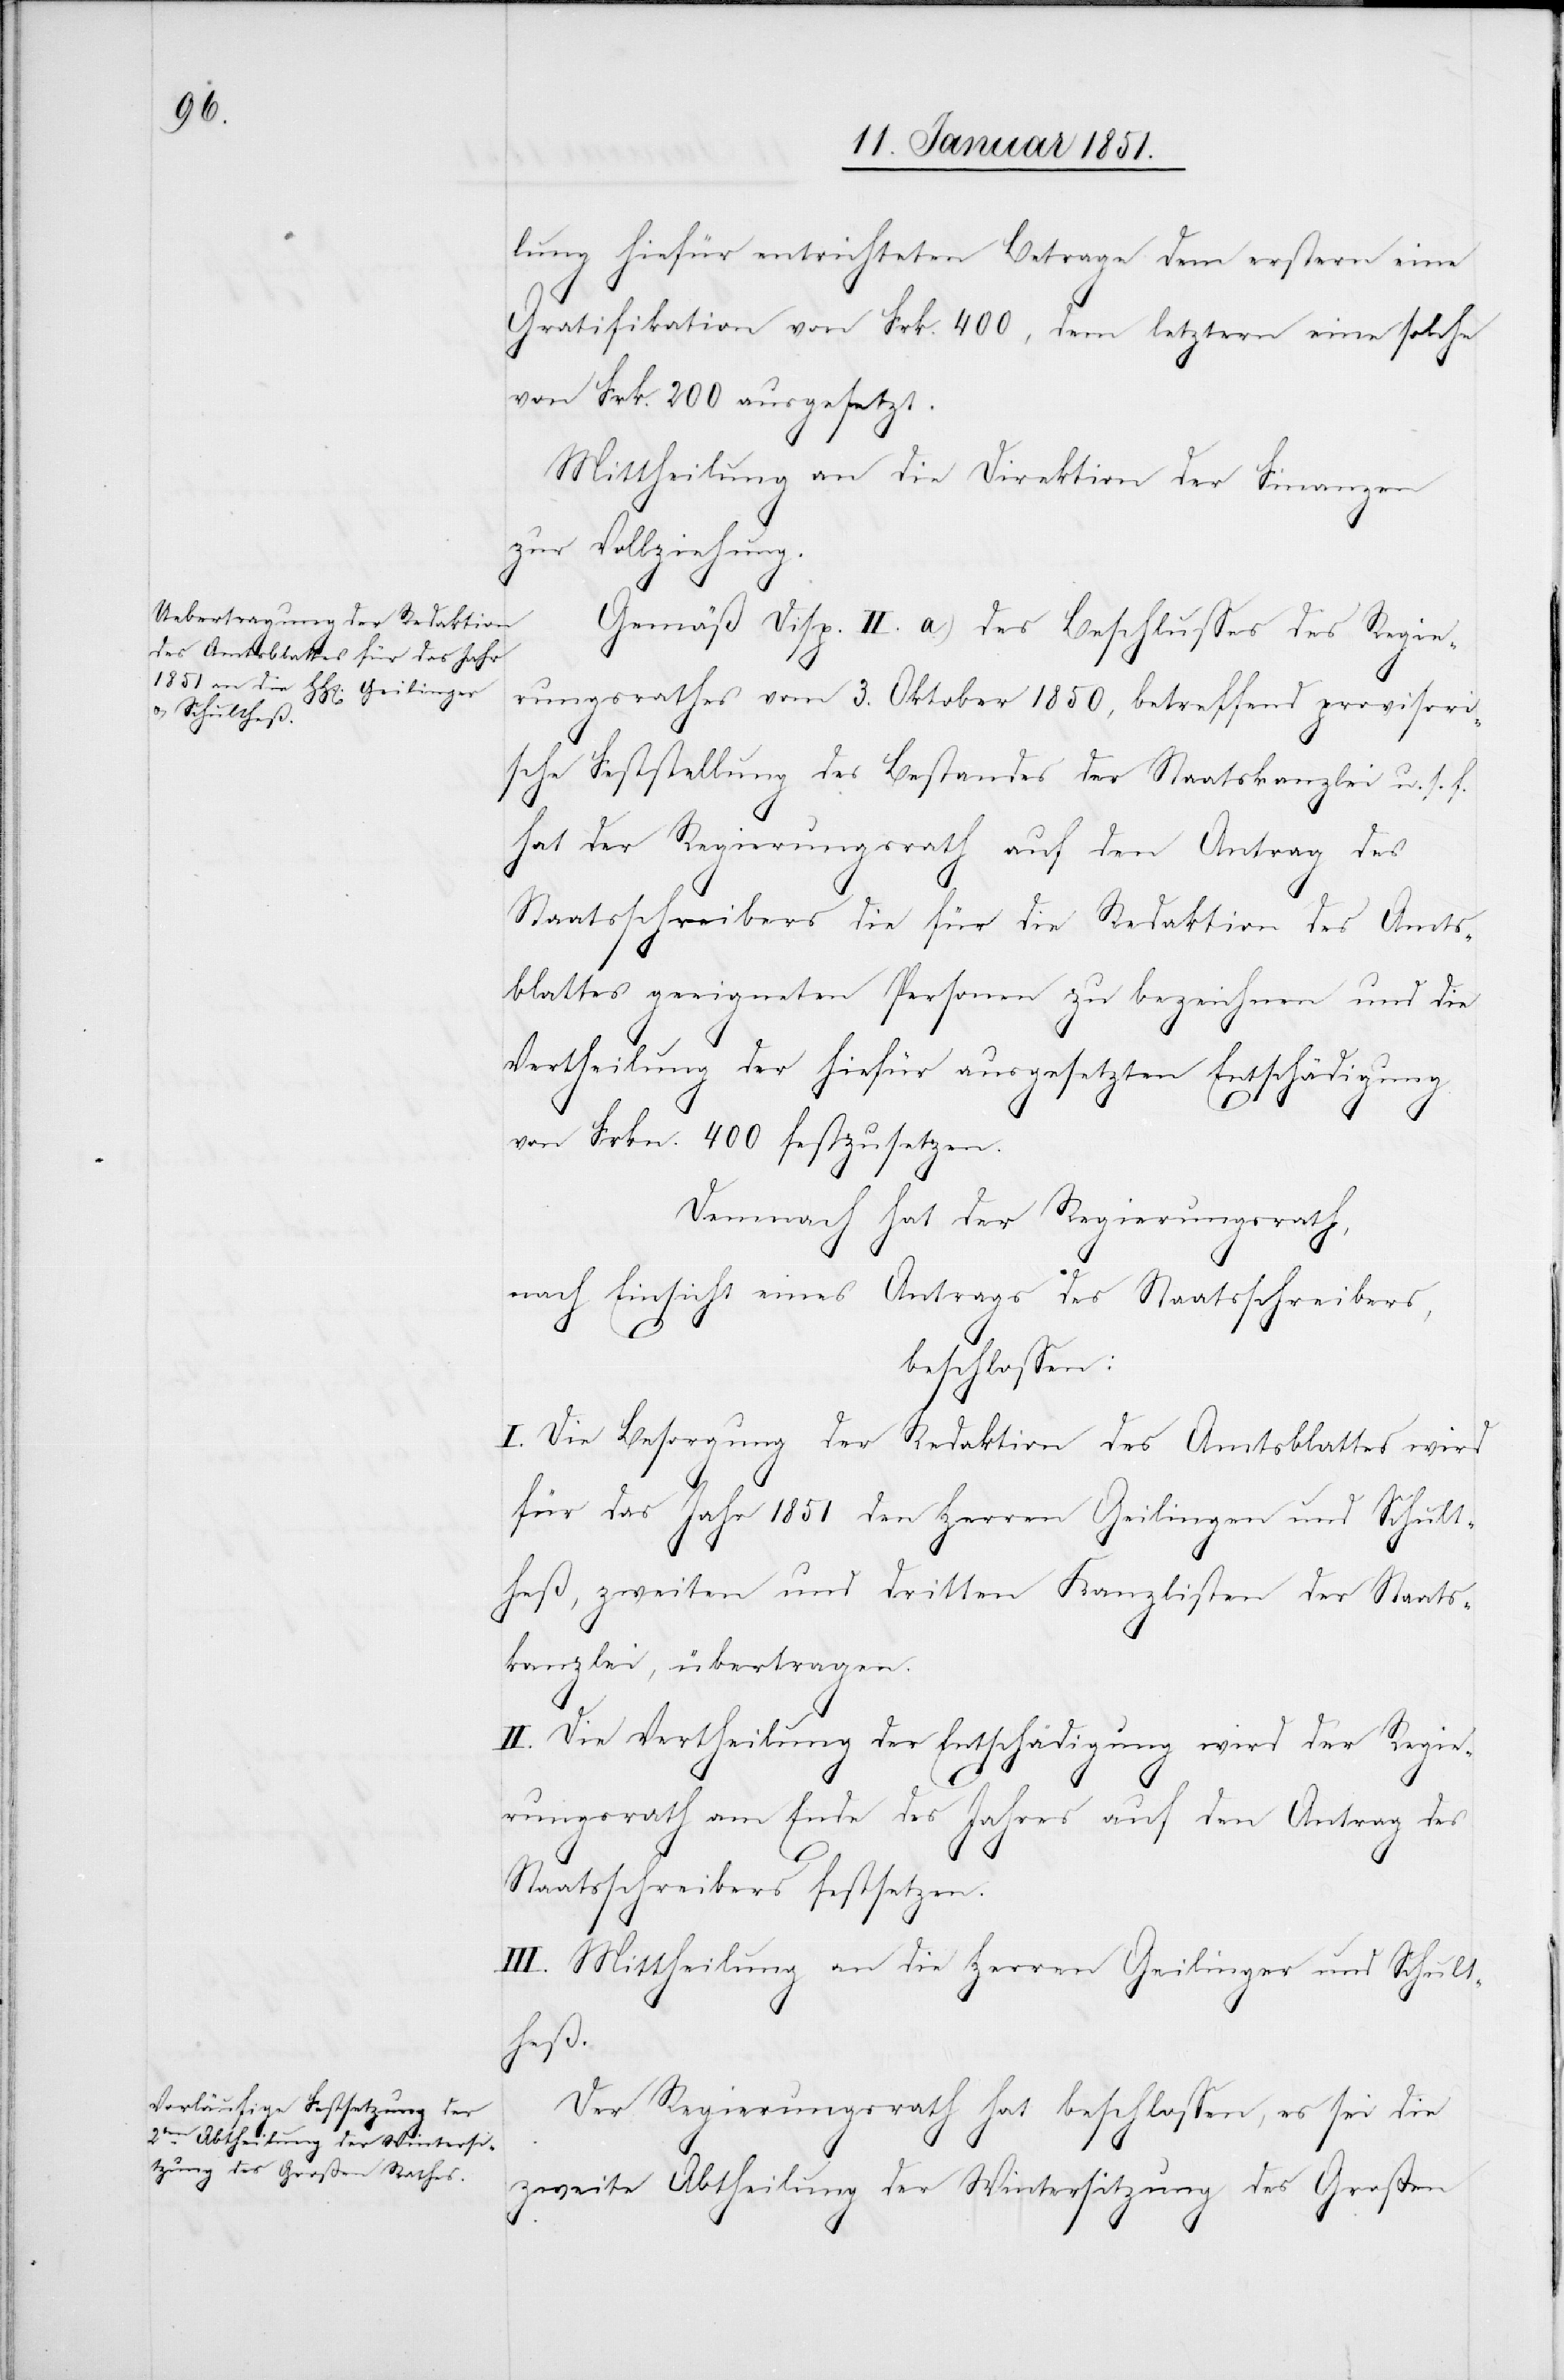
lung hiefür entrichteten Betrage dem erstern eine
Gratifikation von Frk. 400, dem letztern eine solche
von Frk. 200 ausgesetzt.
Mittheilung an die Direktion der Finanzen
zur Vollziehung.
Gemäß Disp. II. a.) des Beschlusses des Regie¬
rungsrathes vom 3. Oktober 1850, betreffend provisori¬
sche Feststellung des Bestandes der Staatskanzlei u. s. f.
hat der Regierungsrath auf den Antrag des
Staatsschreibers die für die Redaktion des Amts¬
blattes geeigneten Personen zu bezeichnen und die
Vertheilung der hiefür ausgesetzten Entschädigung
von Frkn. 400 festzusetzen.
Demnach hat der Regierungsrath,
nach Einsicht eines Antrags des Staatsschreibers,
beschlossen:
I. Die Besorgung der Redaktion des Amtsblattes wird
für das Jahr 1851 den Herren Geilingen [sic!] und Schult¬
heß, zweiten und dritten Kanzlisten der Staats¬
kanzlei, übertragen.
II. Die Vertheilung der Entschädigung wird der Regie¬
rungsrath am Ende des Jahres auf den Antrag des
Staatsschreibers festsetzen.
III. Mittheilung an die Herren Geilinger und Schult¬
heß.
Der Regierungsrath hat beschlossen, es sei die
zweite Abtheilung der Wintersitzung des Großen